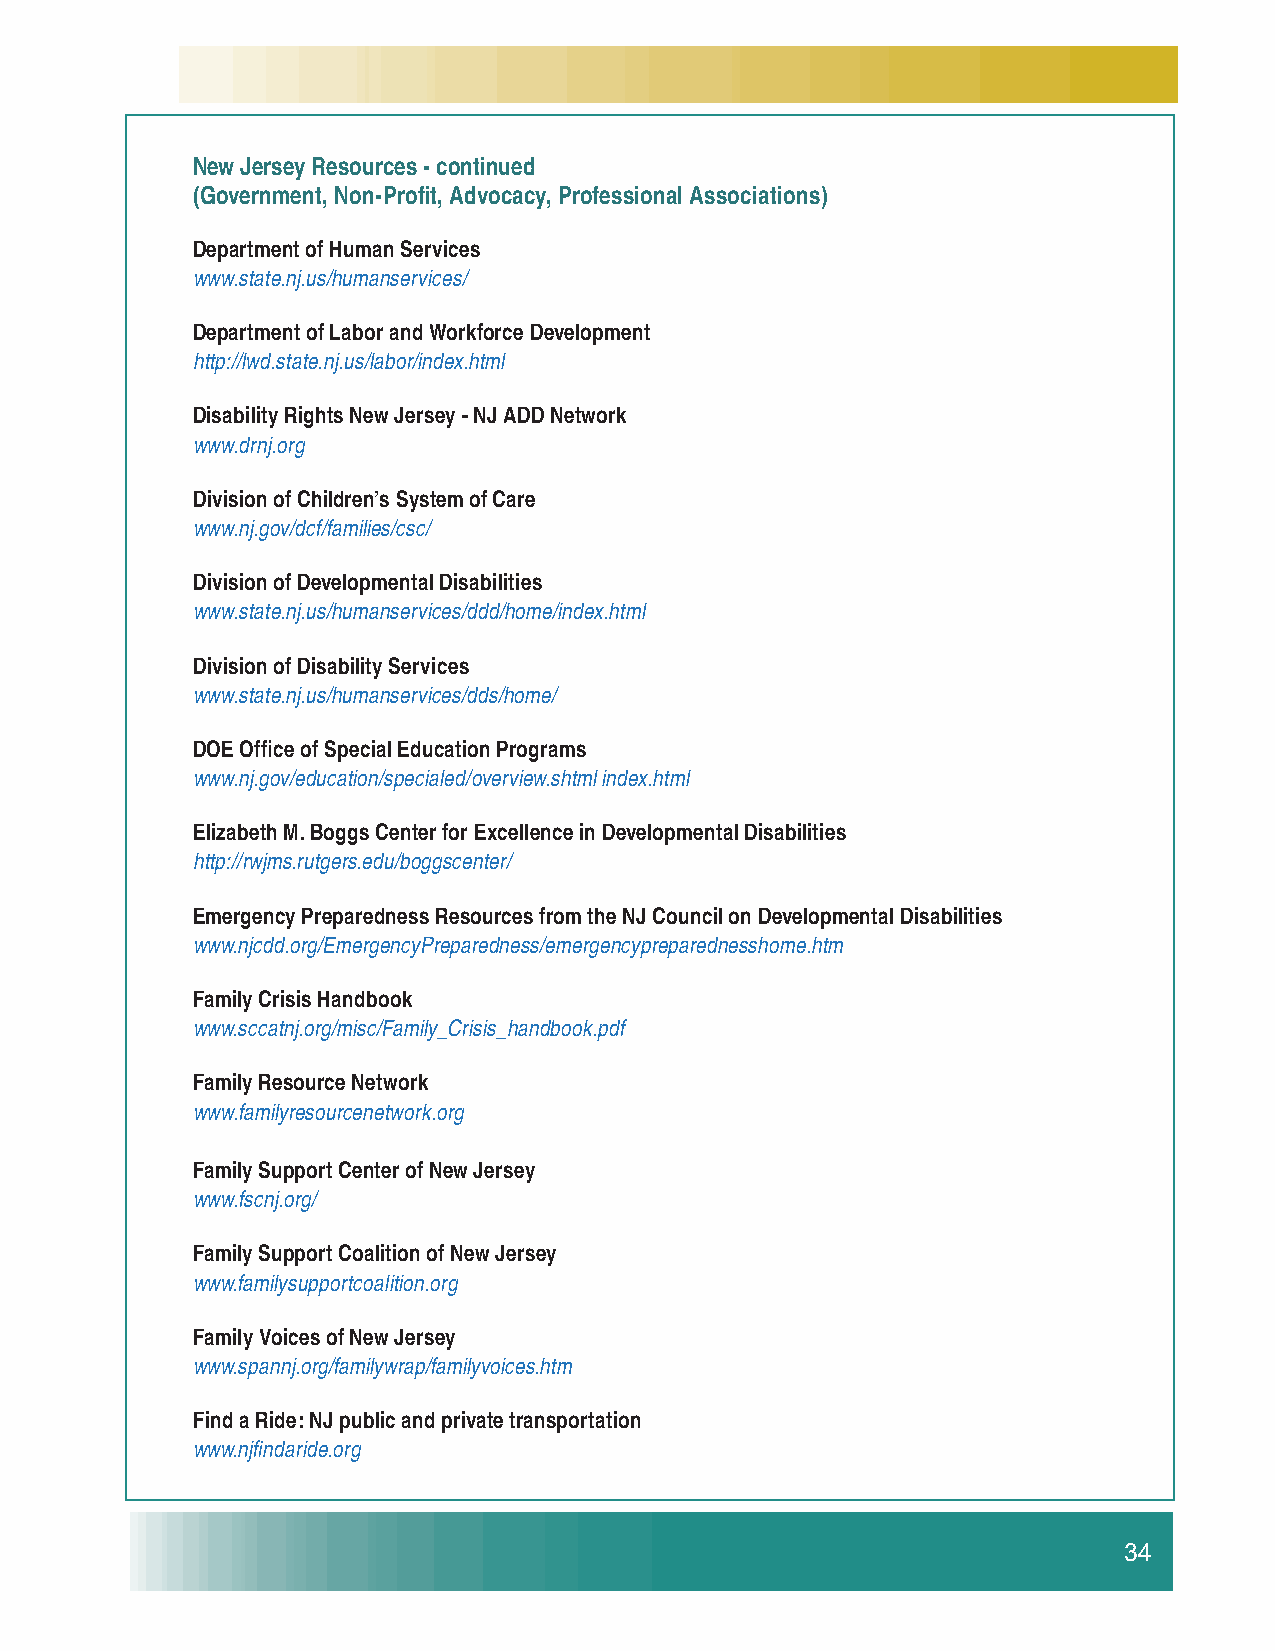
New Jersey Resources - continued
 (Government, Non-Profi t, Advocacy, Professional Associations)
 Department of Human Services
 www.state.nj.us/humanservices/
 Department of Labor and Workforce Development
 http://lwd.state.nj.us/labor/index.html
 Disability Rights New Jersey - NJ ADD Network
 www.drnj.org
 Division of Children’s System of Care
 www.nj.gov/dcf/families/csc/
 Division of Developmental Disabilities
 www.state.nj.us/humanservices/ddd/home/index.html
 Division of Disability Services
 www.state.nj.us/humanservices/dds/home/
 DOE Offi ce of Special Education Programs
 www.nj.gov/education/specialed/overview.shtml index.html
 Elizabeth M. Boggs Center for Excellence in Developmental Disabilities
 http://rwjms.rutgers.edu/boggscenter/
 Emergency Preparedness Resources from the NJ Council on Developmental Disabilities
 www.njcdd.org/EmergencyPreparedness/emergencypreparednesshome.htm
 Family Crisis Handbook
 www.sccatnj.org/misc/Family_Crisis_handbook.pdf
 Family Resource Network
 www.familyresourcenetwork.org
 Family Support Center of New Jersey
 www.fscnj.org/
 Family Support Coalition of New Jersey
 www.familysupportcoalition.org
 Family Voices of New Jersey
 www.spannj.org/familywrap/familyvoices.htm
 Find a Ride: NJ public and private transportation
 www.njfi ndaride.org
 34